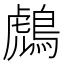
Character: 𪂬